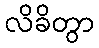
လိခိတွာ